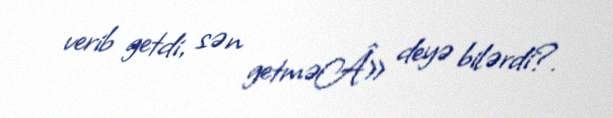
verib getdi, sən getməÂ» deyə bilərdi?.